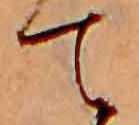
て